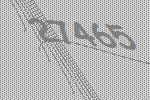
27465